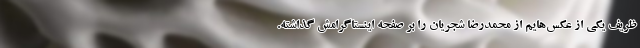
ظریف یکی از عکس‌هایم از محمدرضا شجریان را بر صفحه اینستاگرامش گذاشته.